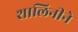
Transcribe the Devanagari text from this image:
शालिनीने